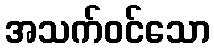
အသက်ဝင်သော